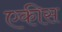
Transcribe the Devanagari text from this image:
एकीस